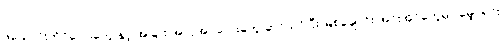
ဖယောင်းတိုင်လေးတွေ နှင့် အခြား အလှအပလေးတွေ ဆင်ယင်ပြီး မြစ်ချောင်း အင်းအိုင်တွေမှာ မျှောရင်း